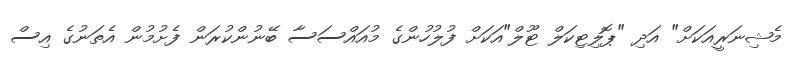
މެޝިނަރީއަކަށް" އަދި "ޕޮލިޓިކަލް ޓޫލް"އަކަށް ފުލުހުންގެ މުއައްސަސާ ބޭނުންކުރަން ފެށުމުން އެތަނުގެ އިސް